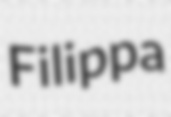
Filippa